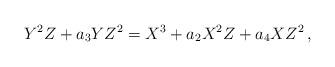
LaTeX: \begin{align*} Y^2Z + a_3 YZ^2 = X^3 + a_2 X^2Z + a_4 XZ^2 \,, \end{align*}